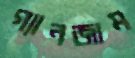
গ্যানজাম